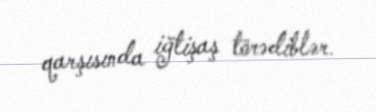
qarşısında iğtişaş törədiblər.